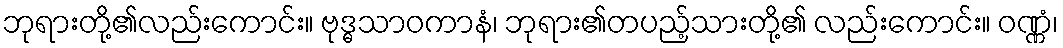
ဘုရားတို့၏လည်းကောင်း။ ဗုဒ္ဓသာဝကာနံ၊ ဘုရား၏တပည့်သားတို့၏ လည်းကောင်း။ ဝဏ္ဏံ၊